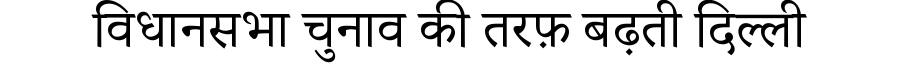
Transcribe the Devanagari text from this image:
विधानसभा चुनाव की तरफ़ बढ़ती दिल्ली